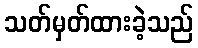
သတ်မှတ်ထားခဲ့သည်